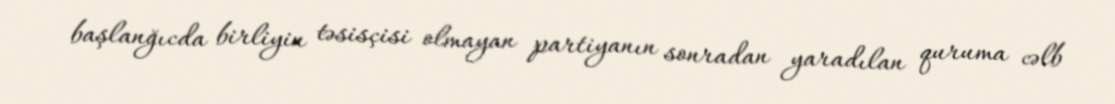
başlanğıcda birliyin təsisçisi olmayan partiyanın sonradan yaradılan quruma cəlb